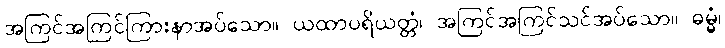
အကြင်အကြင်ကြားနာအပ်သော။ ယထာပရိယတ္တံ၊ အကြင်အကြင်သင်အပ်သော။ ဓမ္မံ၊